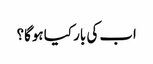
اب کی بار کیا ہوگا؟